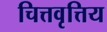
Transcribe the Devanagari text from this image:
चित्तवृत्तिय